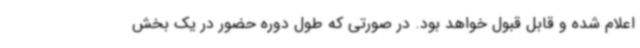
اعلام شده و قابل قبول خواهد بود. در صورتی که طول دوره حضور در یک بخش